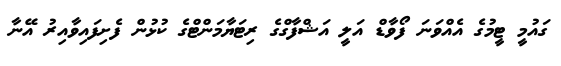
ގައުމީ ޓީމުގެ އެއްވަނަ ފޯވާޑް އަލީ އަޝްފާގްގެ ރިޓަޔާމަންޓްގެ ކުޅުން ފެށިފައިވާއިރު އޭނާ